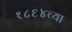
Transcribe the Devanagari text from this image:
१८६४च्या